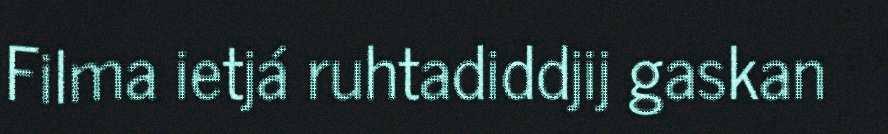
Filma ietjá ruhtadiddjij gaskan